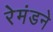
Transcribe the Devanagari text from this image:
रेमंडने